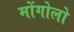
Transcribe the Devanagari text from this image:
मोंगोलो